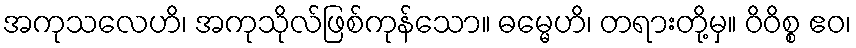
အကုသလေဟိ၊ အကုသိုလ်ဖြစ်ကုန်သော။ ဓမ္မေဟိ၊ တရားတို့မှ။ ဝိဝိစ္စ ဧဝ၊